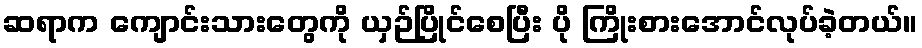
ဆရာက ကျောင်းသားတွေကို ယှဉ်ပြိုင်စေပြီး ပို ကြိုးစားအောင်လုပ်ခဲ့တယ်။